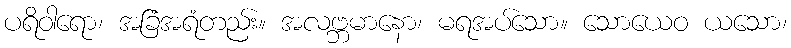
ပရိဝါရော၊ အခြံအရံတည်း။ အလဗ္ဘမာနော၊ မရအပ်သော။ သောယေဝ ယသော၊